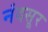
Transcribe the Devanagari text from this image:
नंदसूर